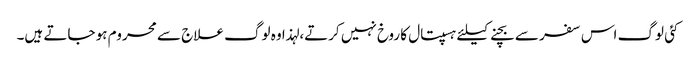
کئی لوگ اس سفر سے بچنے کیلئے ہسپتال کا روخ نہیں کرتے، لہذا وہ لوگ علاج سے محروم ہو جاتے ہیں۔